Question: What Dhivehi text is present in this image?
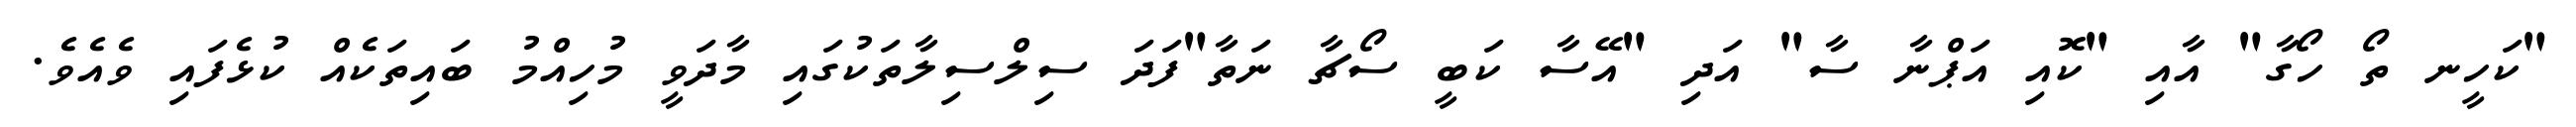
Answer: "ކަހީނ ތޯ ހޯގާ" އާއި "ކޮއި އަޕްނާ ސާ" އަދި "އޭސާ ކަބީ ސޯޗާ ނަތާ"ފަދަ ސިލްސިލާތަކުގައި މާދަވީ މުހިއްމު ބައިތަކެއް ކުޅެފައި ވެއެވެ.